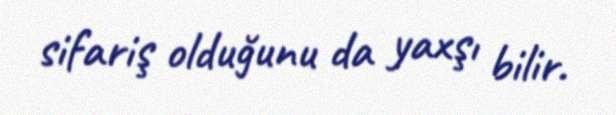
sifariş olduğunu da yaxşı bilir.